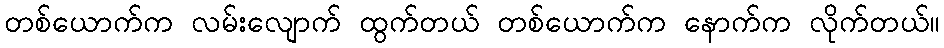
တစ်ယောက်က လမ်းလျောက် ထွက်တယ် တစ်ယောက်က နောက်က လိုက်တယ်။